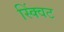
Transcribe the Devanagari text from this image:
स्क्विंट